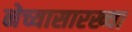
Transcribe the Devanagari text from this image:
नेच्यासारख्या